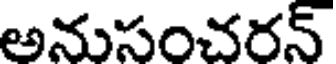
అనుసంచరన్